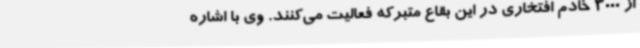
از 3000 خادم افتخاری در این بقاع متبرکه فعالیت می‌کنند. وی با اشاره